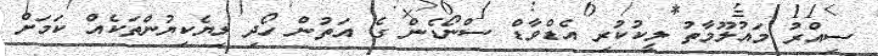
ސިއްރު މައުލޫމާތު ލީކުކުރި އެޑްވާޑް ސްނޯޑެން ގެ އަތުން ހޯދި ލިޔެކިޔުުންތަކެއް ކަމަށް